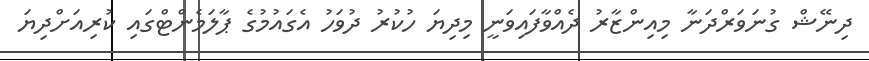
ދިނޭޝް ގުނަވަރްދަނާ މިއިންޒާރު ދެއްވާފައިވަނީ މިދިޔަ ހުކުރު ދުވަހު އެގައުމުގެ ޕާލަމެންޓްގައި ކުރިއަށްދިޔަ